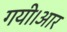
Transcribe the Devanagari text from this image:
गयी।आर